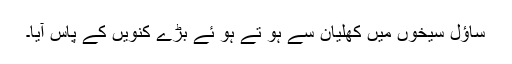
ساؤل سیخوں میں کھلیان سے ہو تے ہو ئے بڑے کنویں کے پاس آیا۔